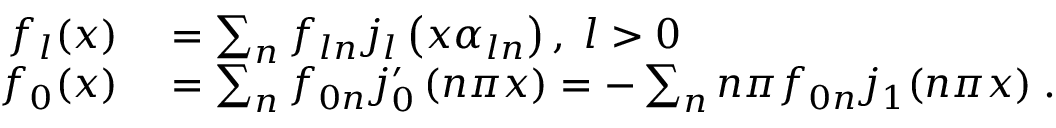
\begin{array} { r l } { f _ { l } ( x ) } & { { } = \sum _ { n } f _ { l n } j _ { l } \left( x \alpha _ { l n } \right) , \; l > 0 } \\ { f _ { 0 } ( x ) } & { { } = \sum _ { n } f _ { 0 n } j _ { 0 } ^ { \prime } \left( n \pi x \right) = - \sum _ { n } n \pi f _ { 0 n } j _ { 1 } ( n \pi x ) \; . } \end{array}